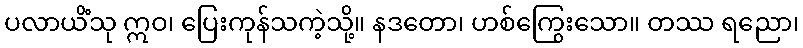
ပလာယိံသု ဣဝ၊ ပြေးကုန်သကဲ့သို့။ နဒတော၊ ဟစ်ကြွေးသော။ တဿ ရညော၊